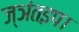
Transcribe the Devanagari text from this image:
ज्ञंतइप।